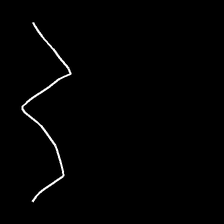
Glyph: crush